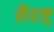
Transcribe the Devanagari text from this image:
सैराष्ट्र